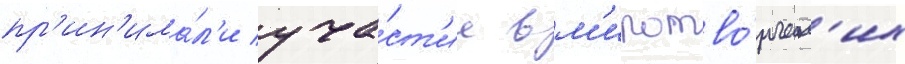
пр'ин'има́л'и уча́ст'ие в м'иротво́рческ'их